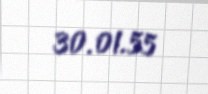
30.01.55